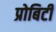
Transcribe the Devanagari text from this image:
प्रोबिटी